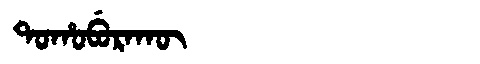
Manchu: ᡨᠣᡥᠣᠪᡠᡵᠠᡴᡡ
Romanization: TOHOBURAKŪ